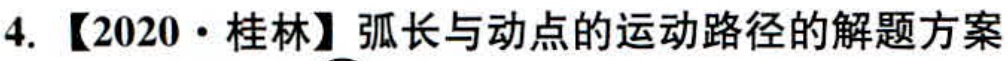
4. 【2020·桂林】弧长与动点的运动路径的解题方案